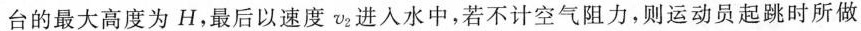
台的最大高度为H，最后以速度v_{2}进入水中，若不计空气阻力，则运动员起跳时所做